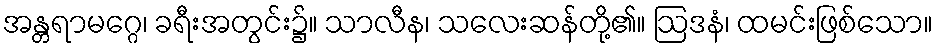
အန္တရာမဂ္ဂေ၊ ခရီးအတွင်း၌။ သာလီန၊ သလေးဆန်တို့၏။ ဩဒနံ၊ ထမင်းဖြစ်သော။